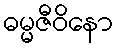
ဓမ္မဇီဝိနော